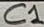
Text: C1